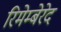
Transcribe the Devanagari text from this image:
रिमेम्बेरेद